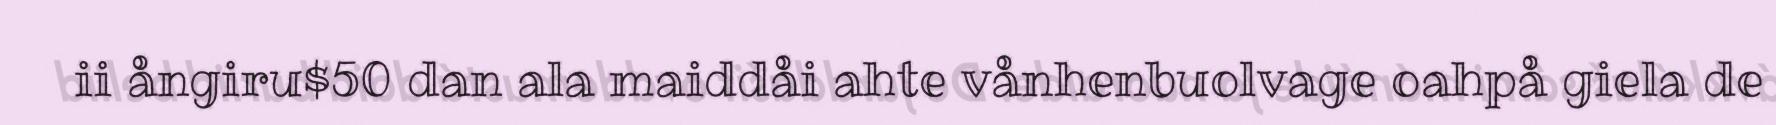
ii ångiru$50 dan ala maiddåi ahte vånhenbuolvage oahpå giela de